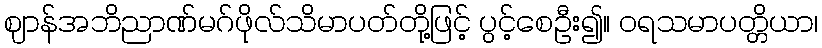
ဈာန်အဘိညာဏ်မဂ်ဖိုလ်သိမာပတ်တို့ဖြင့် ပွင့်စေဦး၍။ ဝရသမာပတ္တိယာ၊